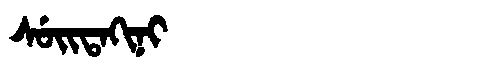
Manchu: ᠰᡠᡳᡨᠠᡴᡳᠨᡳ
Romanization: SUITAKINI